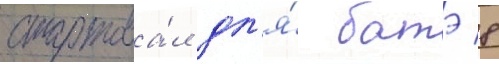
стартова́л дл'я́ батэ 8